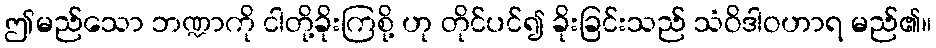
ဤမည်သော ဘဏ္ဍာကို ငါတို့ခိုးကြစို့ ဟု တိုင်ပင်၍ ခိုးခြင်းသည် သံဝိဒါဝဟာရ မည်၏။